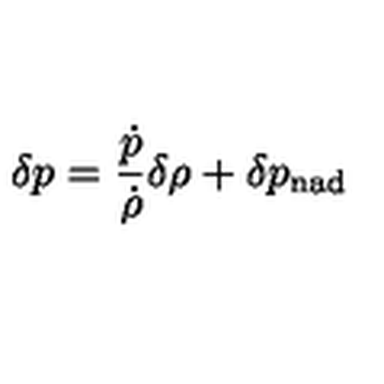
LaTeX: \delta p = \frac { \dot { p } } { \dot { \rho } } \delta \rho + \delta p _ { \mathrm { n a d } }